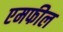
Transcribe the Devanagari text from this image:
एमफील